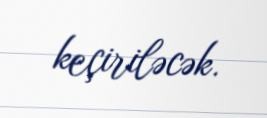
keçiriləcək.